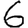
Digit: 6